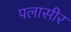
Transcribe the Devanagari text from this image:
पलासीर